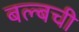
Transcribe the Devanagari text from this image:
बल्बची